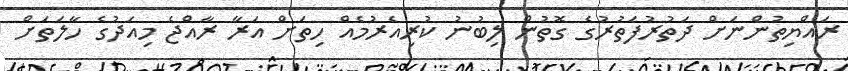
ރައްޔިތުންނަށް ދަތުރުފަތުރުގެ ގޮތުން ލިބުނު ކުރިއެރުމެއް ހިތަށް އަރާ ރާއްޖެ މިއަދުގެ ހާލަތަށް